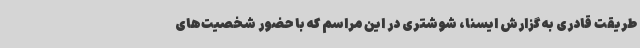
طریقت قادری به گزارش ایسنا، شوشتری در این مراسم که با حضور شخصیت‌های